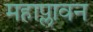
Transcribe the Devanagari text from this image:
महाप्लावन